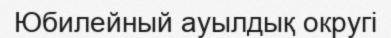
Юбилейный ауылдық округі